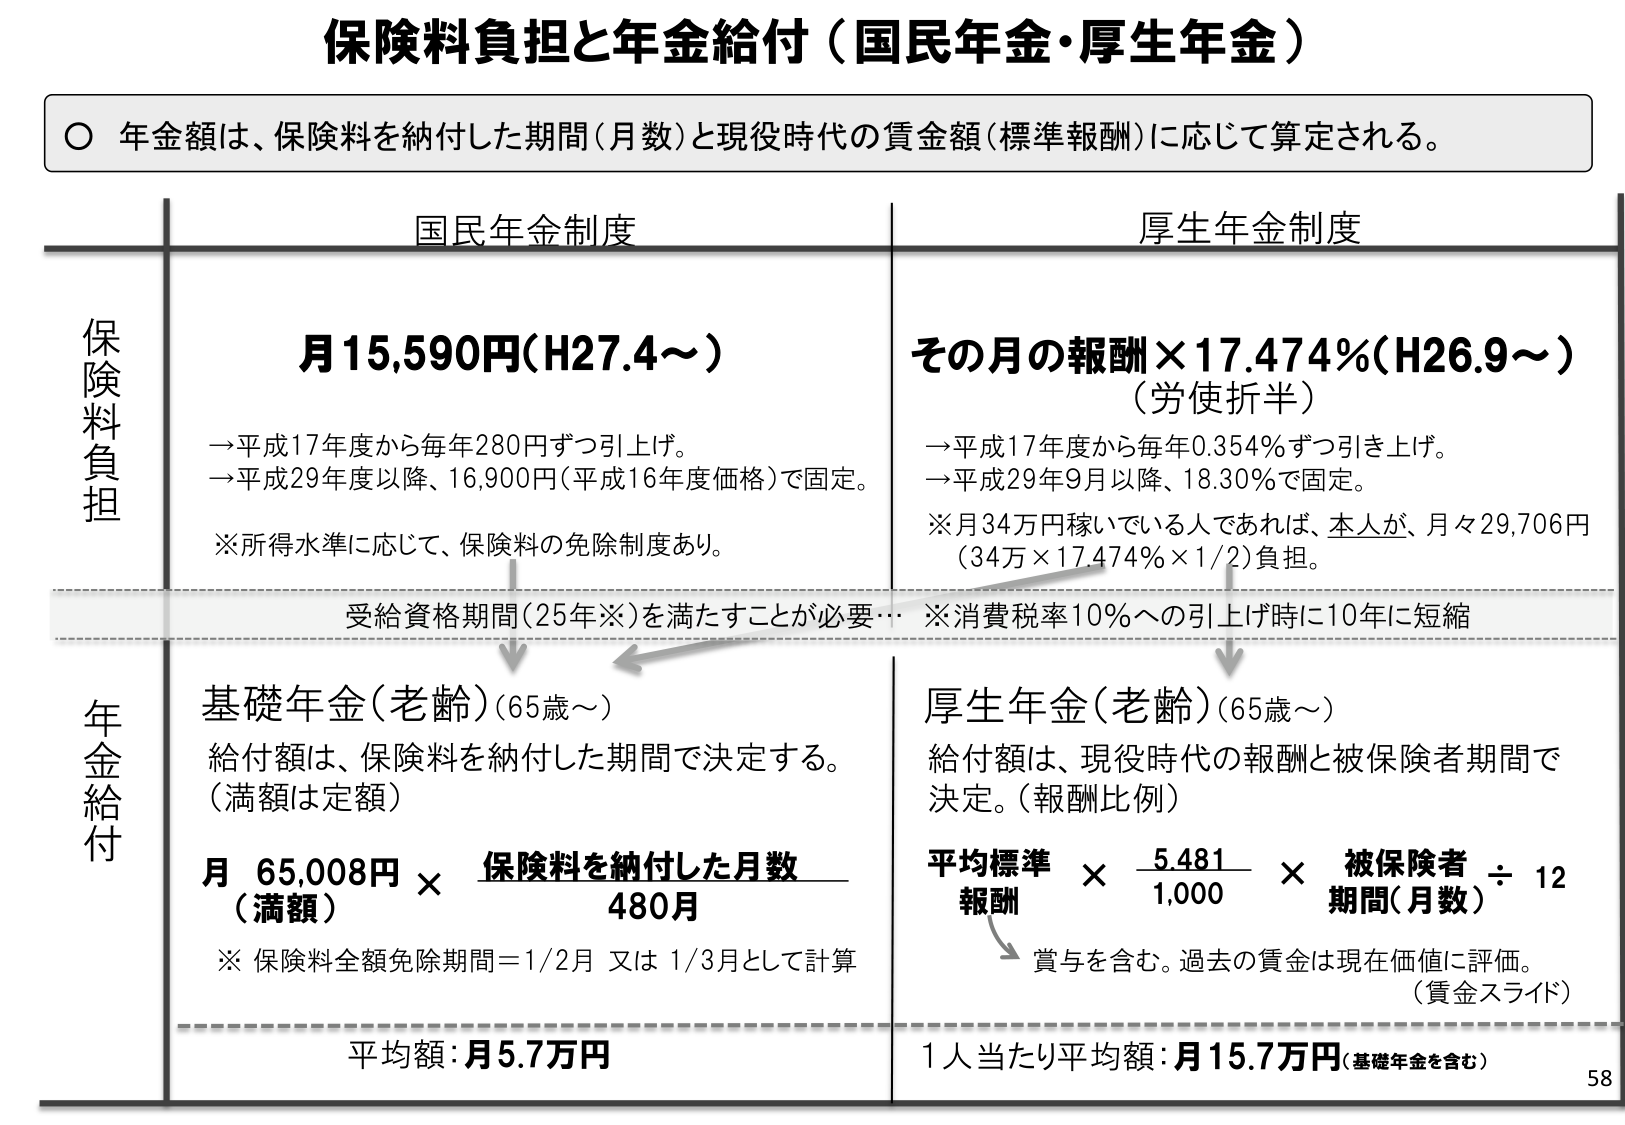
保険料負担と年金給付（国民年金・厚生年金）

○ 年金額は、保険料を納付した期間（月数）と現役時代の賃金額（標準報酬）に応じて算定される。

国民年金制度
厚生年金制度

保険料負担
月15,590円（H27.4～）
→平成17年度から毎年280円ずつ引上げ。
→平成29年度以降、16,900円（平成16年度価格）で固定。
※所得水準に応じて、保険料の免除制度あり。

その月の報酬×17.474％（H26.9～）
（労使折半）
→平成17年度から毎年0.354％ずつ引き上げ。
→平成29年9月以降、18.30％で固定。
※月34万円稼いでいる人であれば、本人が、月々29,706円
（34万×17.474％×1/2）負担。

受給資格期間（25年※）を満たすことが必要…
※消費税率10％への引上げ時に10年に短縮

年金給付
基礎年金（老齢）（65歳～）
給付額は、保険料を納付した期間で決定する。
（満額は定額）
月 65,008円 × 保険料を納付した月数
（満額） 480月
※保険料全額免除期間＝1/2月 又は 1/3月として計算

厚生年金（老齢）（65歳～）
給付額は、現役時代の報酬と被保険者期間で
決定。（報酬比例）
平均標準 × 5.481 × 被保険者 ÷ 12
報酬 1,000 期間（月数）
賞与を含む。過去の賃金は現在価値に評価。
（賃金スライド）

平均額：月5.7万円
1人当たり平均額：月15.7万円（基礎年金を含む）

58